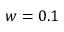
w = 0 . 1